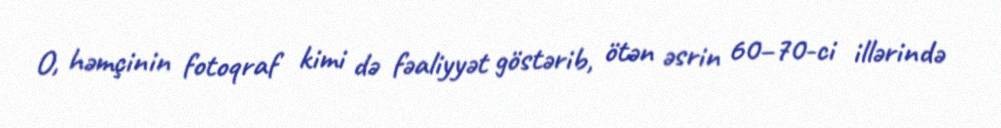
O, həmçinin fotoqraf kimi də fəaliyyət göstərib, ötən əsrin 60–70-ci illərində